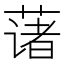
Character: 𫉄